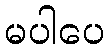
မပါပေ